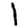
Digit: 1